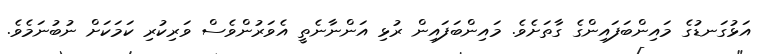
އަޅުގަނޑުގެ މައިންބަފައިންގެ ގާތަށެވެ. މައިންބަފައިން ރުޅި އަންނާނެތީ އެވަރުންވެސް ވަރިކުރި ކަމަކަށް ނުބުނަމެވެ.